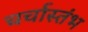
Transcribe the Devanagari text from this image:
चर्चास्तंभ